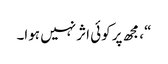
“، مجھ پر کوئی اثر نہیں ہوا۔